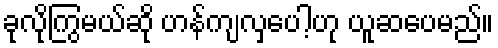
ခုလိုကြွမယ်ဆို ဟန်ကျလှပေါ့ဟု ယူဆပေမည်။